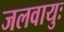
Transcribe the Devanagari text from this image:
जलवायुः